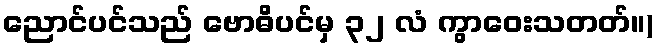
ညောင်ပင်သည် ဗောဓိပင်မှ ၃၂ လံ ကွာဝေးသတတ်။)